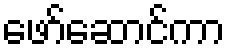
ဖော်ဆောင်ကာ